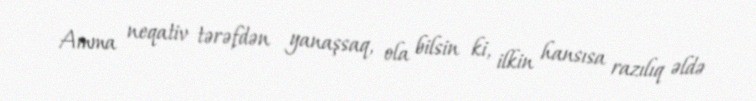
Amma neqativ tərəfdən yanaşsaq, ola bilsin ki, ilkin hansısa razılıq əldə